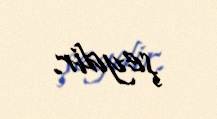
şeydir.